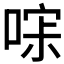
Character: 𰈎